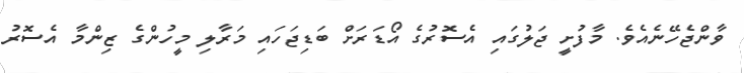
ވާންޖެހޭނެއެވެ. މާފުށީ ޖަލުގައި އެސޮރުގެ އޯޑަރަށް ބަޑިޖަހައި މަރާލި މީހުންގެ ޒިންމާ އެސޮރު